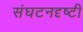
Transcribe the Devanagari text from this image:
संघटनदृष्टी